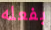
بفعله